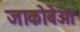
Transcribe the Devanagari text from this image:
जाकोबेआ